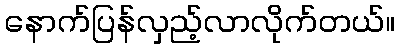
နောက်ပြန်လှည့်လာလိုက်တယ်။